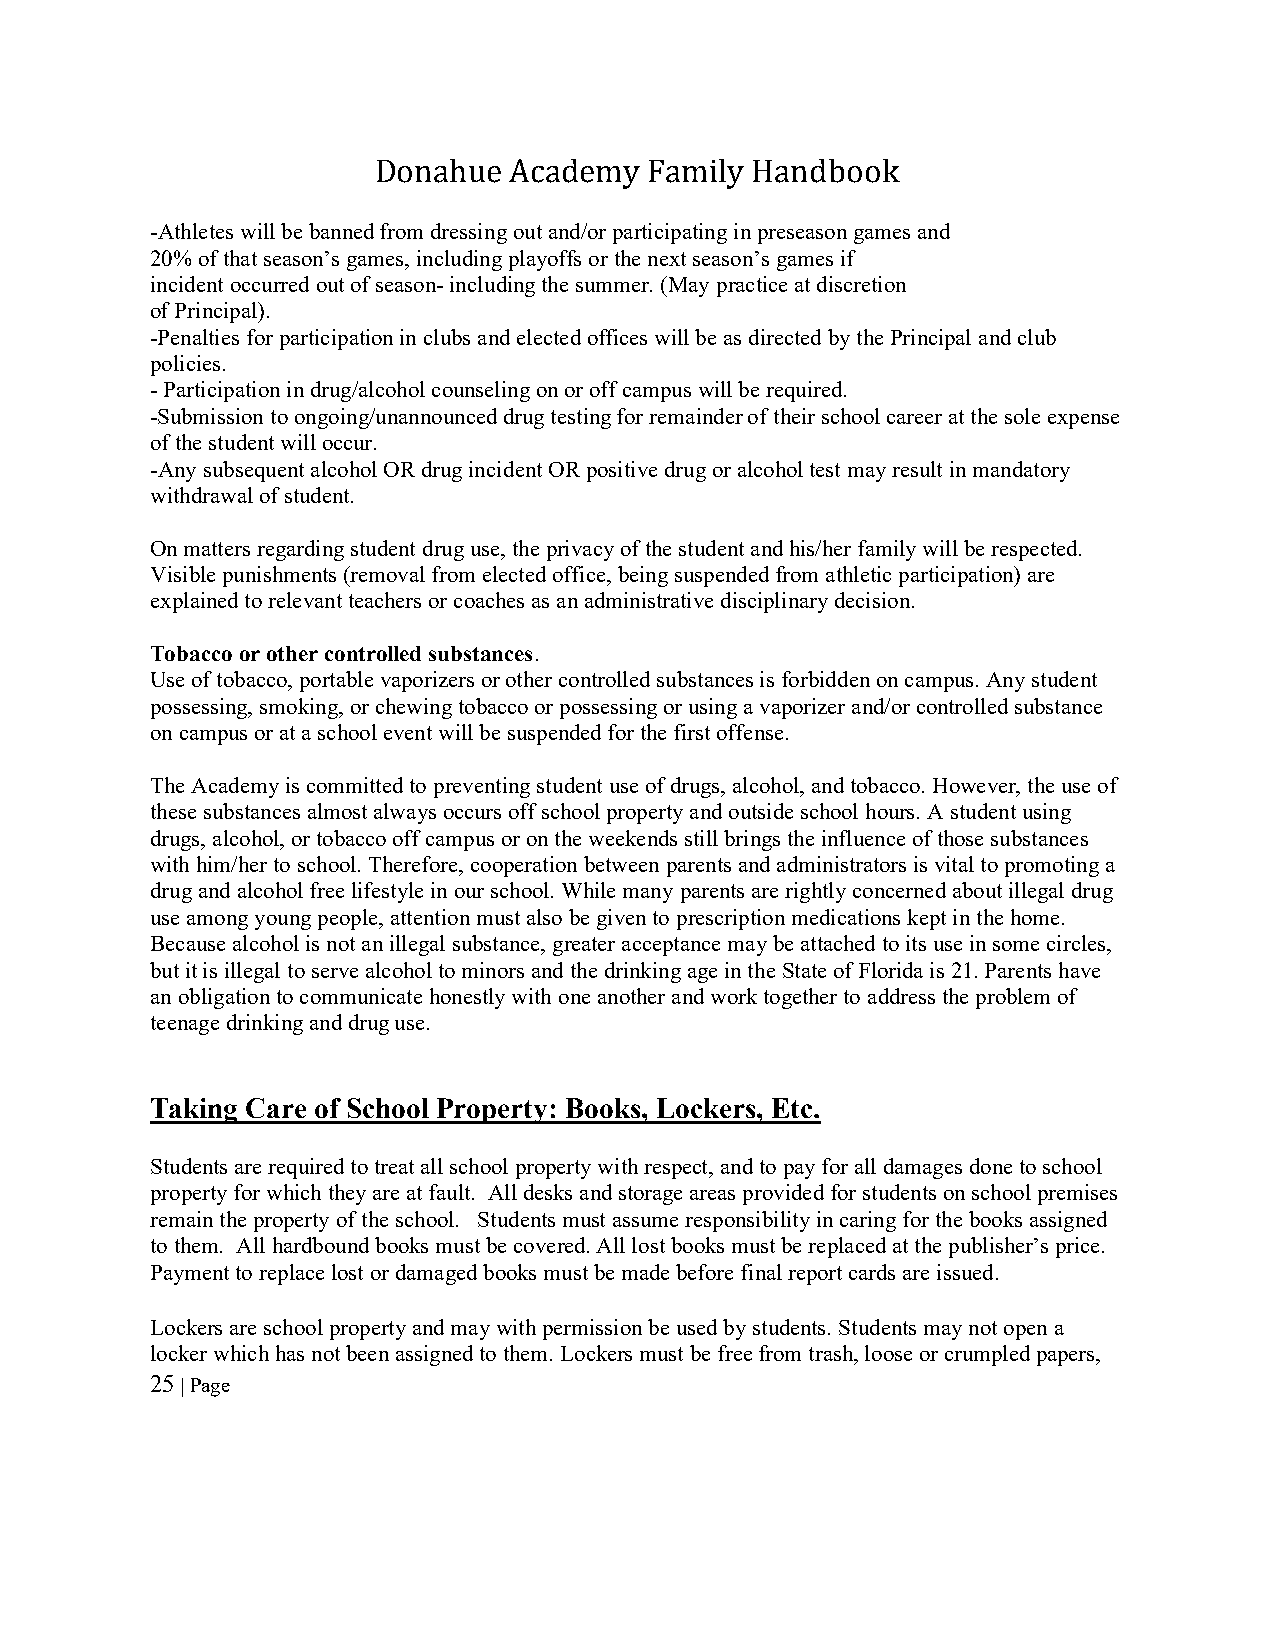
Donahue  Academy  Family Handbook
 -Athletes will be banned from dressing out and/or participating in preseason games and
 20% of that season’s games, including playoffs or the next season’s games if
 incident occurred out of season- including the summer. (May practice at discretion
 of Principal).
 -Penalties for participation in clubs and elected offices will be as directed by the Principal and club
 policies.
 - Participation in drug/alcohol counseling on or off campus will be required.
 -Submission to ongoing/unannounced drug testing for remainder of their school career at the sole expense
 of the student will occur.
 -Any subsequent alcohol OR drug incident OR positive drug or alcohol test may result in mandatory
 withdrawal of student.
 On matters regarding student drug use, the privacy of the student and his/her family will be respected.
 Visible punishments (removal from elected office, being suspended from athletic participation) are
 explained to relevant teachers or coaches as an administrative disciplinary decision.
 Tobacco or other controlled substances.
 Use of tobacco, portable vaporizers or other controlled substances is forbidden on campus. Any student
 possessing, smoking, or chewing tobacco or possessing or using a vaporizer and/or controlled substance
 on campus or at a school event will be suspended for the first offense.
 The Academy is committed to preventing student use of drugs, alcohol, and tobacco. However, the use of
 these substances almost always occurs off school property and outside school hours. A student using
 drugs, alcohol, or tobacco off campus or on the weekends still brings the influence of those substances
 with him/her to school. Therefore, cooperation between parents and administrators is vital to promoting a
 drug and alcohol free lifestyle in our school. While many parents are rightly concerned about illegal drug
 use among young people, attention must also be given to prescription medications kept in the home.
 Because alcohol is not an illegal substance, greater acceptance may be attached to its use in some circles,
 but it is illegal to serve alcohol to minors and the drinking age in the State of Florida is 21. Parents have
 an obligation to communicate honestly with one another and work together to address the problem of
 teenage drinking and drug use.
 Taking Care of School Property: Books, Lockers, Etc.
 Students are required to treat all school property with respect, and to pay for all damages done to school
 property for which they are at fault. All desks and storage areas provided for students on school premises
 remain the property of the school. Students must assume responsibility in caring for the books assigned
 to them. All hardbound books must be covered. All lost books must be replaced at the publisher’s price.
 Payment to replace lost or damaged books must be made before final report cards are issued.
 Lockers are school property and may with permission be used by students. Students may not open a
 locker which has not been assigned to them. Lockers must be free from trash, loose or crumpled papers,
 25 | Page